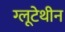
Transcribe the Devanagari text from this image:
ग्लूटेथीन